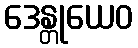
ဒေန္တုယေဝ